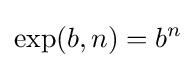
\operatorname {exp} (b,n)=b^{n}